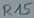
Text: R15